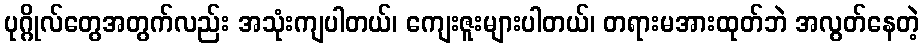
ပုဂ္ဂိုလ်တွေအတွက်လည်း အသုံးကျပါတယ်၊ ကျေးဇူးများပါတယ်၊ တရားမအားထုတ်ဘဲ အလွတ်နေတဲ့